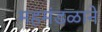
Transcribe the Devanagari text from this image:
महमंडळाने